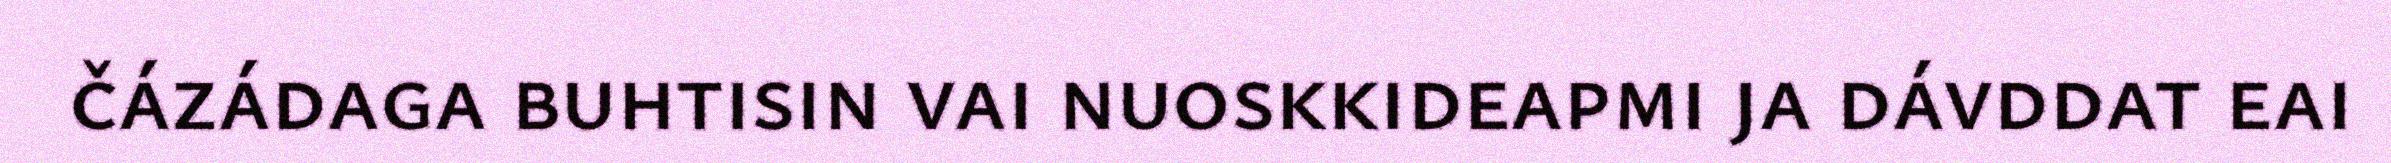
čázádaga buhtisin vai nuoskkideapmi ja dávddat eai